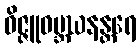
ဝိဇ္ဇူဝဗ္ဘဃနန္တရေ